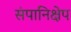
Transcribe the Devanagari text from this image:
संपानिक्षेप